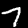
Label: 7